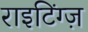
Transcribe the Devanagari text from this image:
राइटिंग्ज़